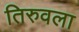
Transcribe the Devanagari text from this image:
तिरुवला